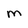
Character: M